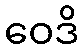
ဝေဒိ